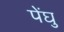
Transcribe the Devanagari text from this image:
पेंघु